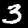
Label: 3